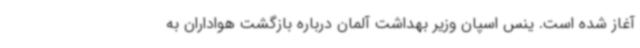
آغاز شده است. ینس اسپان وزیر بهداشت آلمان درباره بازگشت هواداران به